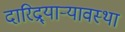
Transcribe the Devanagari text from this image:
दारिद्र्याऱ्यावस्था